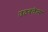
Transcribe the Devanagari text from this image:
उठवलेल्य